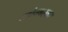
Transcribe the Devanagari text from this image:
ब्लोक्बस्तर